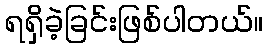
ရရှိခဲ့ခြင်းဖြစ်ပါတယ်။